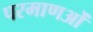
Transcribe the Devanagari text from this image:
परमाणओं